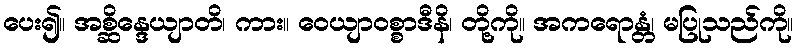
ပေး၍။ အစ္ဆိန္ဒေယျာတိ၊ ကား။ ဝေယျာဝစ္စာဒီနိ၊ တို့ကို။ အကရောန္တံ၊ မပြုသည်ကို။